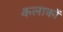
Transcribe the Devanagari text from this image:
कलाकों